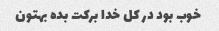
خوب بود در کل خدا برکت بده بهتون